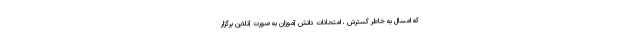
که امسال به خاطر گسترش ، امتحانات دانش آموزان به صورت آنلاین برگزار